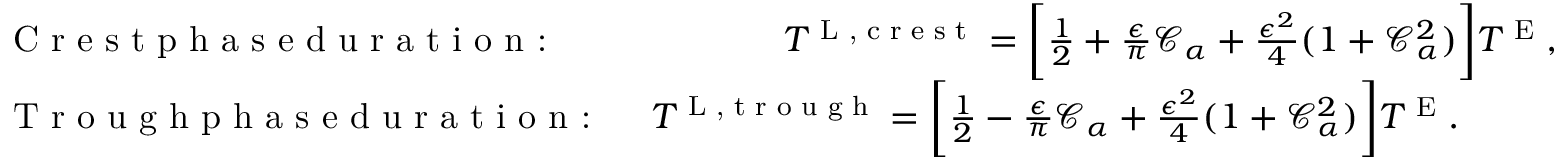
\begin{array} { r l } & { \textrm { C r e s t p h a s e d u r a t i o n : \, \, \, \, \, \, \, \, \, \, } T ^ { \textnormal { L , c r e s t } } = \bigg [ \frac { 1 } { 2 } + \frac { \epsilon } { \pi } \mathcal { C } _ { \alpha } + \frac { \epsilon ^ { 2 } } { 4 } ( 1 + \mathcal { C } _ { \alpha } ^ { 2 } ) \bigg ] T ^ { \textnormal { E } } , } \\ & { \textrm { T r o u g h p h a s e d u r a t i o n : \, \, } T ^ { \textnormal { L , t r o u g h } } = \bigg [ \frac { 1 } { 2 } - \frac { \epsilon } { \pi } \mathcal { C } _ { \alpha } + \frac { \epsilon ^ { 2 } } { 4 } ( 1 + \mathcal { C } _ { \alpha } ^ { 2 } ) \bigg ] T ^ { \textnormal { E } } . } \end{array}